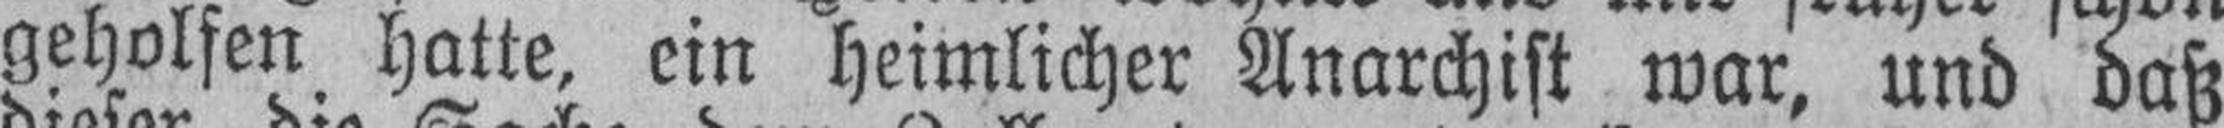
geholfen hatte ein heimlicher Anarchist war, und daß